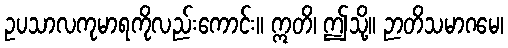
ဥပသာလကုမာရကိုလည်းကောင်း။ ဣတိ၊ ဤသို့။ ဉာတိသမာဂမေ၊